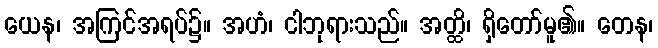
ယေန၊ အကြင်အရပ်၌။ အဟံ၊ ငါဘုရားသည်။ အတ္ထိ၊ ရှိတော်မူ၏။ တေန၊